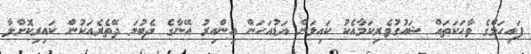
ފައިހަމްގެ ވާހަކަތައް ޝައުގުވެރިކަމާއެކު ކައިލަން އަޑުއަހަން އިންއިރު އޭނާގެ ދެބުމަ ދޭތެރެއަކުން ކައިރިކޮށްލާ